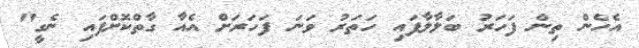
އެހެން ތިން ފަހަރު ބަލާލާފައި ހަތަރު ވަނަ ފަހަރަށް އެއާ ގާތްކޮށްފައި ނެގީ"